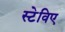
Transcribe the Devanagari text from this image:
स्टेविए